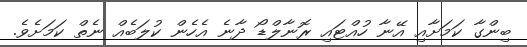
ބިންގާ ކަމަށާއި އޭނާ ހުއްޓައި ރޮނާލްޑޯ ދާނެ އެހެން ކުލަބެއް ނެތް ކަމަށެވެ.